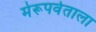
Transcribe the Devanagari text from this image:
मेरूपर्वताला